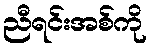
ညီရင်းအစ်ကို